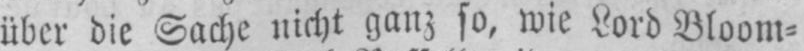
über bie Sache nicht ganz so, wie Lord Bloom⸗